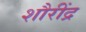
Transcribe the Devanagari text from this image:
शौरींद्र